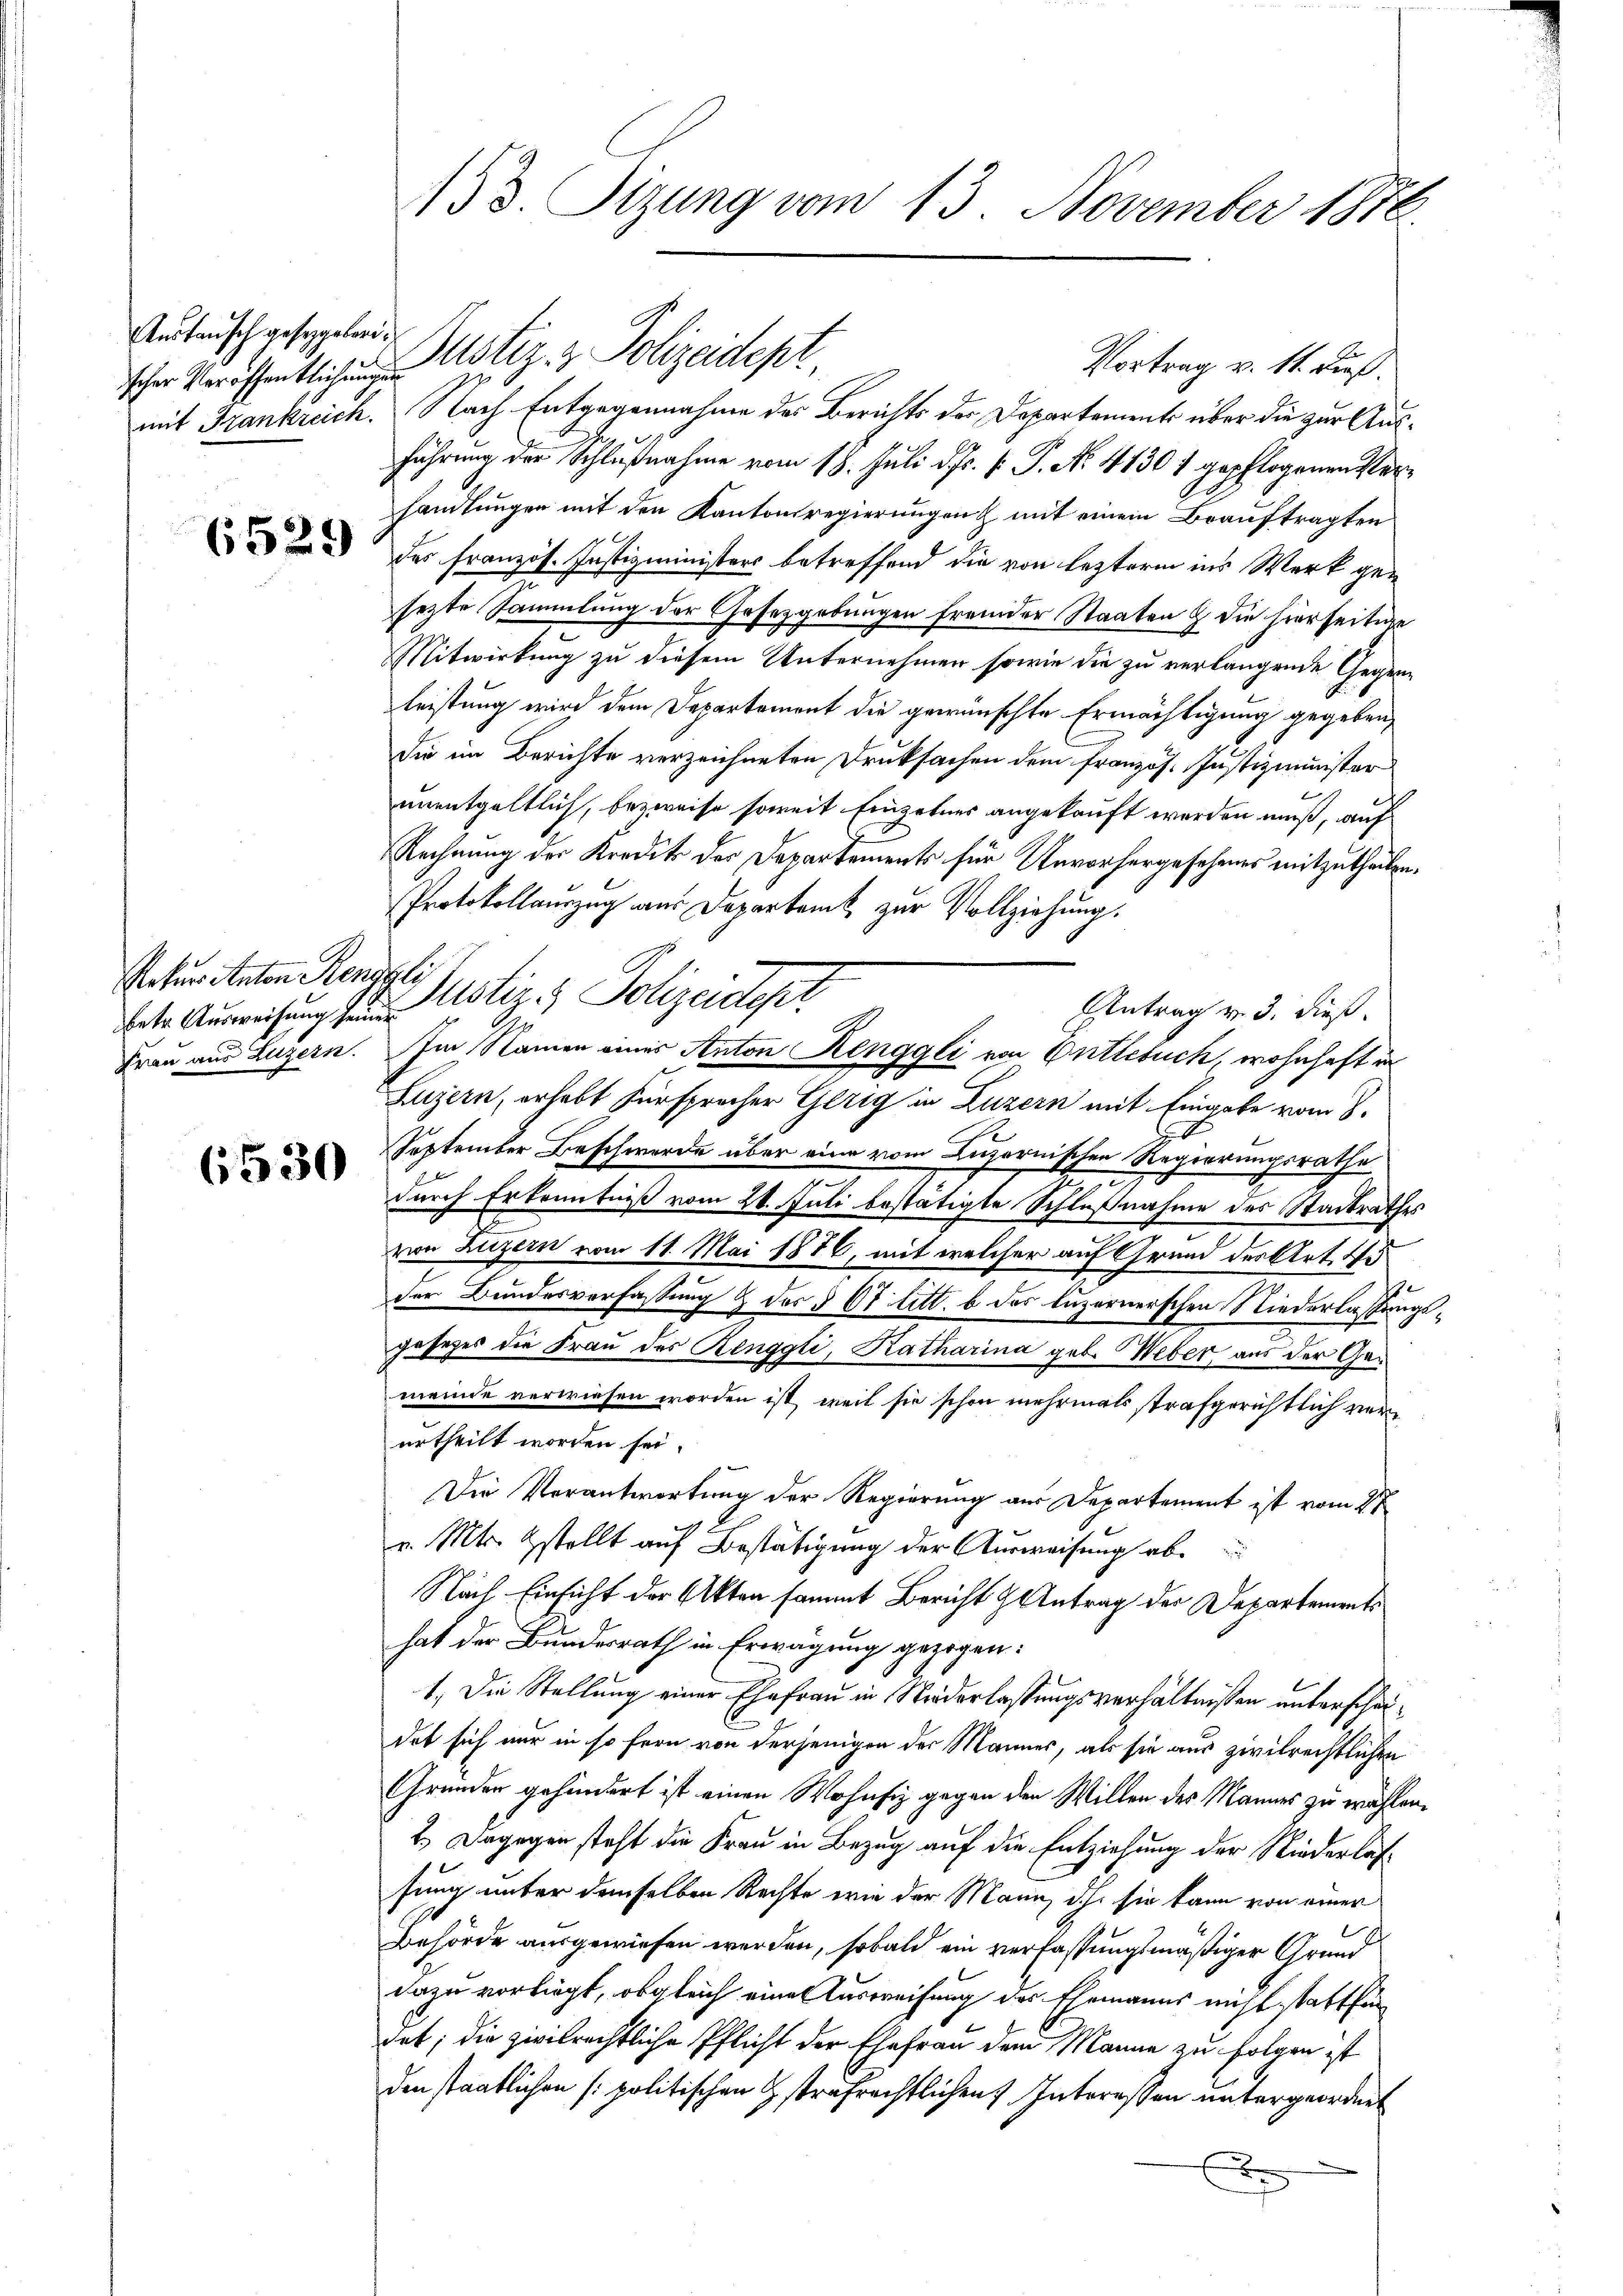
Austausch gesetzgeberi¬

Reter Anton Renggli

6530

scher Veröffentlichen Notiz & Polizeidepr
Vortrag v. 14. Fuß.
mit Frankreich. Nach Entgegennahme des Berichts der Departements über die zur Ausführung der Schlußnahme vom 18. Juli d. Js. f. P. No. 41301 gepflogenen Verhandlungen mit den Kantonsregierungen & mit einem Beauftragten
 der Französ. Justizministers betreffend die von lezterm ins Werk gesezte Sammlung der Gesetzgebungen fremder Staaten & die hierseitige
Mitwirkung zu diesem Unternehmen sowie die zu verlangende Gegenleistung wird dem Departement die gewünschte Ermächtigung gegeben,
Die im Berichte verzeichneten Druksachen dem französ. Justizminister
unentgeltlich, bezweife soweit Einzelnes angekauft werden muß, auf
Rechnung der Kredit der Departements für Unvorhergesehenes mitzutheilen.
Protokollauszug aus Departamt zur Vollziehung.
tr Ausweisung zur Notiz & Polizeider
Antrag v. 3. dieß.
Frau aus Luzern. Im Namen eines Anton Renggli von Entlebuch, wohnhaft in
Luzern, erhebt Fürsprecher Gerig in Luzern mit Eingabe vom 8.
d
September Beschwerde über eine vom Luzornischen Regierungsrathe
e
durch Erkenntniß vom 21. Juli bestätigte Schlußnahme des Stadtrathes
von Luzern vom 11. Mai 1876, mit welcher auf Grund der Art. Er
der Bundesverfassung & des § 67 litt. b des luzernerschen Niederlassungsgesetzes die Frau des Renggli, Katharina geb. Weber aus der Gemeinde verwiesen worden ist, weil sie schon mehrmals strafgerichtlich verurtheilt worden sei.
Die Verantwortung der Regierung aus Departement ist vom 27
v. Mts. stellt auf Bestätigung der Ausweisung abe
Nach Einsicht der Akten sammt Bericht & Antrag der Departements
hat der Bundesrath in Erwägung gezogen:
1.) Die Stellung einer Ehefrau in Niederlassungsverhältnissen unterscheidot sich nur in so fern von derjenigen der Mannes, als sie aus zivilrechtlichen
Gründen gehindert ist einen Wohnsiz gegen den Willen des Mannes zu wählen.
2.) Dagegen steht die Frau in Bezug auf die Entziehung der Niederlassung unter demselben Rechte wie der Mann, dch sie kann von einer
Behörde ausgewiesen werden, sobald ein verfassungsmäßiger Grund
dazu vorliegt, obgleich eine Ausweisung des Ehemanns nicht stattfin
det; die zivilrechtliche Pflicht der Ehefrau dem Manne zu folgen ist
den staatlichen (politischen Gstrafrechtlichen Intereßen untergeordnet

133. Tizung vom 13. November 1870.